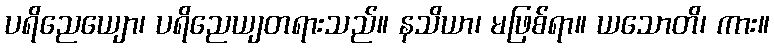
ပရိညေယျော၊ ပရိညေယျတရားသည်။ နသိယာ၊ မဖြစ်ရာ။ ယသောတိ၊ ကား။